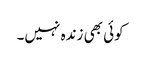
کوئی بھی زندہ نہیں۔